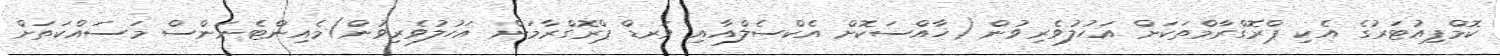
ކޮމްޕިއުޓަރުގެ އެކި ޕްރޮގްރާމްތަކަށް އަހުލުވެރިވުން (ޚާއްސަކޮށް އެކްސެލްއާއި ވަރޑް ޕްރޮގްރާމަށް އަހުލުވެރިވުން)މެއިންޓެނަންސް މަސައްކަތަށް